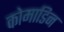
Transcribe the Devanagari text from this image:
कोमाडिन